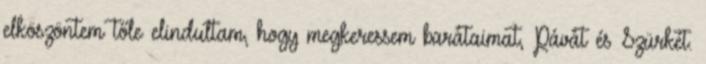
elköszöntem tőle elindultam, hogy megkeressem barátaimat, Pávát és Szürkét.